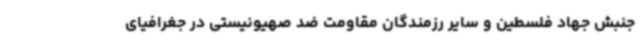
جنبش جهاد فلسطین و سایر رزمندگان مقاومت ضد صهیونیستی در جغرافیای